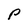
Character: P